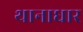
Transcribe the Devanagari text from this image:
थानाधार